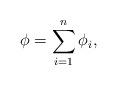
LaTeX: \begin{align*} \phi= \sum_{i=1}^n \phi_i,\end{align*}